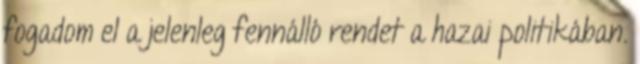
fogadom el a jelenleg fennálló rendet a hazai politikában.